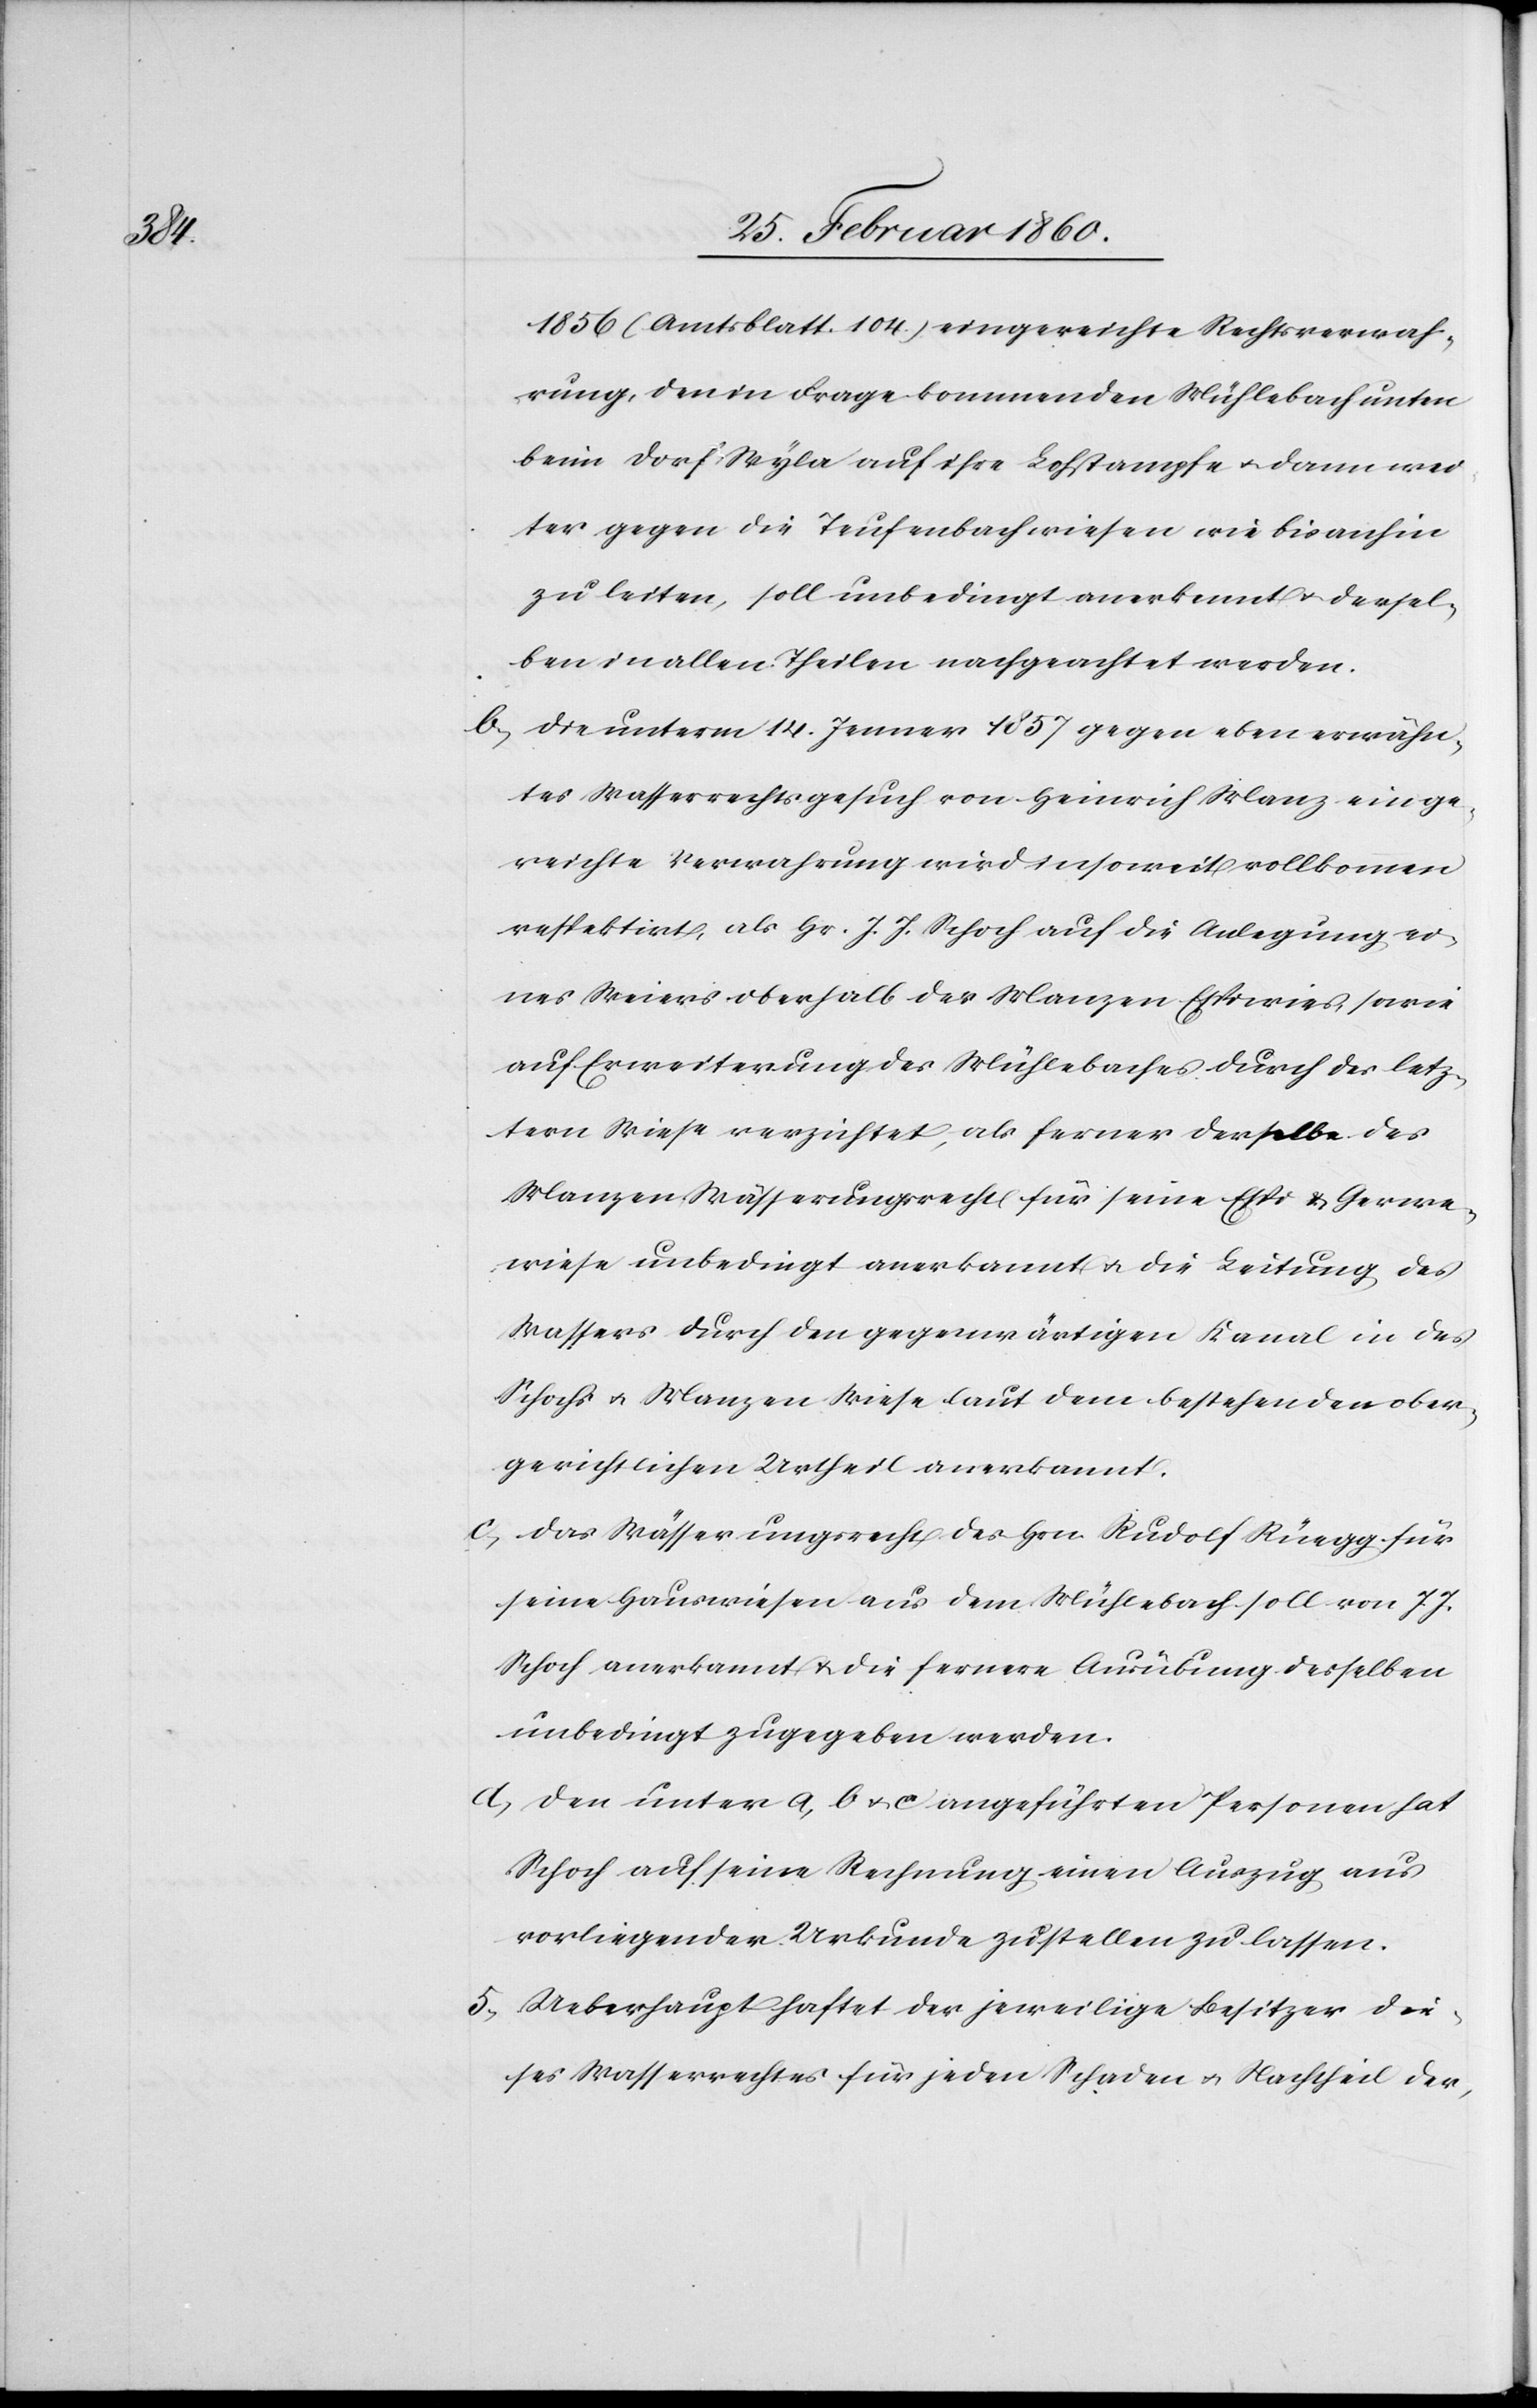
1856 (Amtsblatt 104) eingereichte Rechtsverwah¬
rung, den in Frage kommenden Mühlebach unten
beim Dorf Wyla auf ihre Lochstampfe u. dann wei¬
ter gegen die Teufenbachwiesen wie bis anhin
zu leiten, soll unbedingt anerkannt u. dersel¬
ben in allen Theilen nachgeachtet werden.
b. Die unterm 14. Jenner 1857 gegen eben erwähn¬
tes Wasserrechtsgesuch von Heinrich Manz einge¬
reichte Verwahrung wird insoweit vollkomen
respektirt, als Hr. J. J. Schoch auf die Anlegung ei¬
nes Weiers oberhalb der Manzen Espiwies, sowie
auf Erweiterung des Mühlebaches durch die letz¬
tern Wiese verzichtet, als ferner dasselbe des
Manzen Wässerungsrecht für seine Espi u. Gerwe¬
wiese unbedingt anerkannt u. die Leitung des
Wassers durch den gegenwärtigen Kanal in des
Schochs u. Manzen Wiese laut dem bestehenden ober¬
gerichtlichen Urtheil anerkannt.
c. das Wässerungsrecht des Hrn. Rudolf Rüegg für
seine Hauswiesen aus dem Mühlebach soll von J. J.
Schoch anerkannt u. die fernere Ausübung derselben
unbedingt zugegeben werden.
d. den unter a, b. u. c. angeführten Personen hat
Schoch auf seine Rechnung einen Auszug aus
vorliegender Urkunde zustellen zu lassen.
5. Ueberhaupt haftet der jeweilige Besitzer die¬
ses Wasserrechtes für jeden Schaden u. Nachtheil der